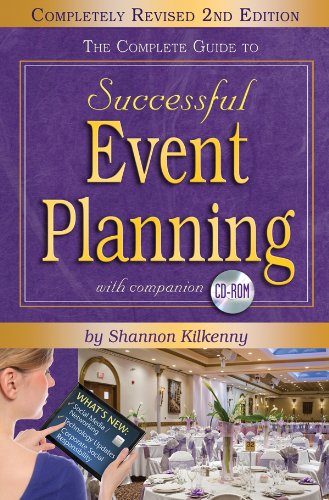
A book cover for The Complete Guide to Successful Event Planning with Companion CD-ROM REVISED 2nd Edition; Shannon Kilkenny; Business & Money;